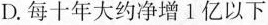
D.每十年大约净增1亿以下